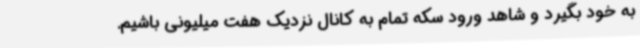
به خود بگیرد و شاهد ورود سکه تمام به کانال نزدیک هفت میلیونی باشیم.